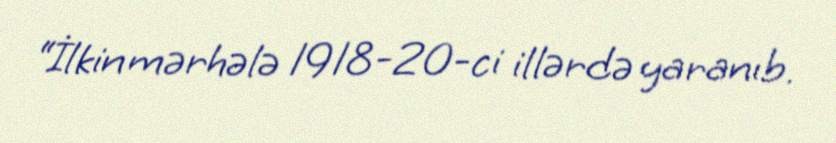
“İlkin mərhələ 1918-20-ci illərdə yaranıb.